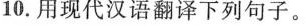
10.用现代汉语翻译下列句子。